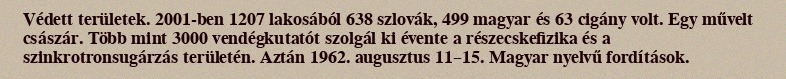
Védett területek. 2001-ben 1207 lakosából 638 szlovák, 499 magyar és 63 cigány volt. Egy művelt császár. Több mint 3000 vendégkutatót szolgál ki évente a részecskefizika és a szinkrotronsugárzás területén. Aztán 1962. augusztus 11–15. Magyar nyelvű fordítások.